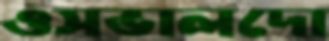
ওসভালদো